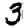
Digit: 3